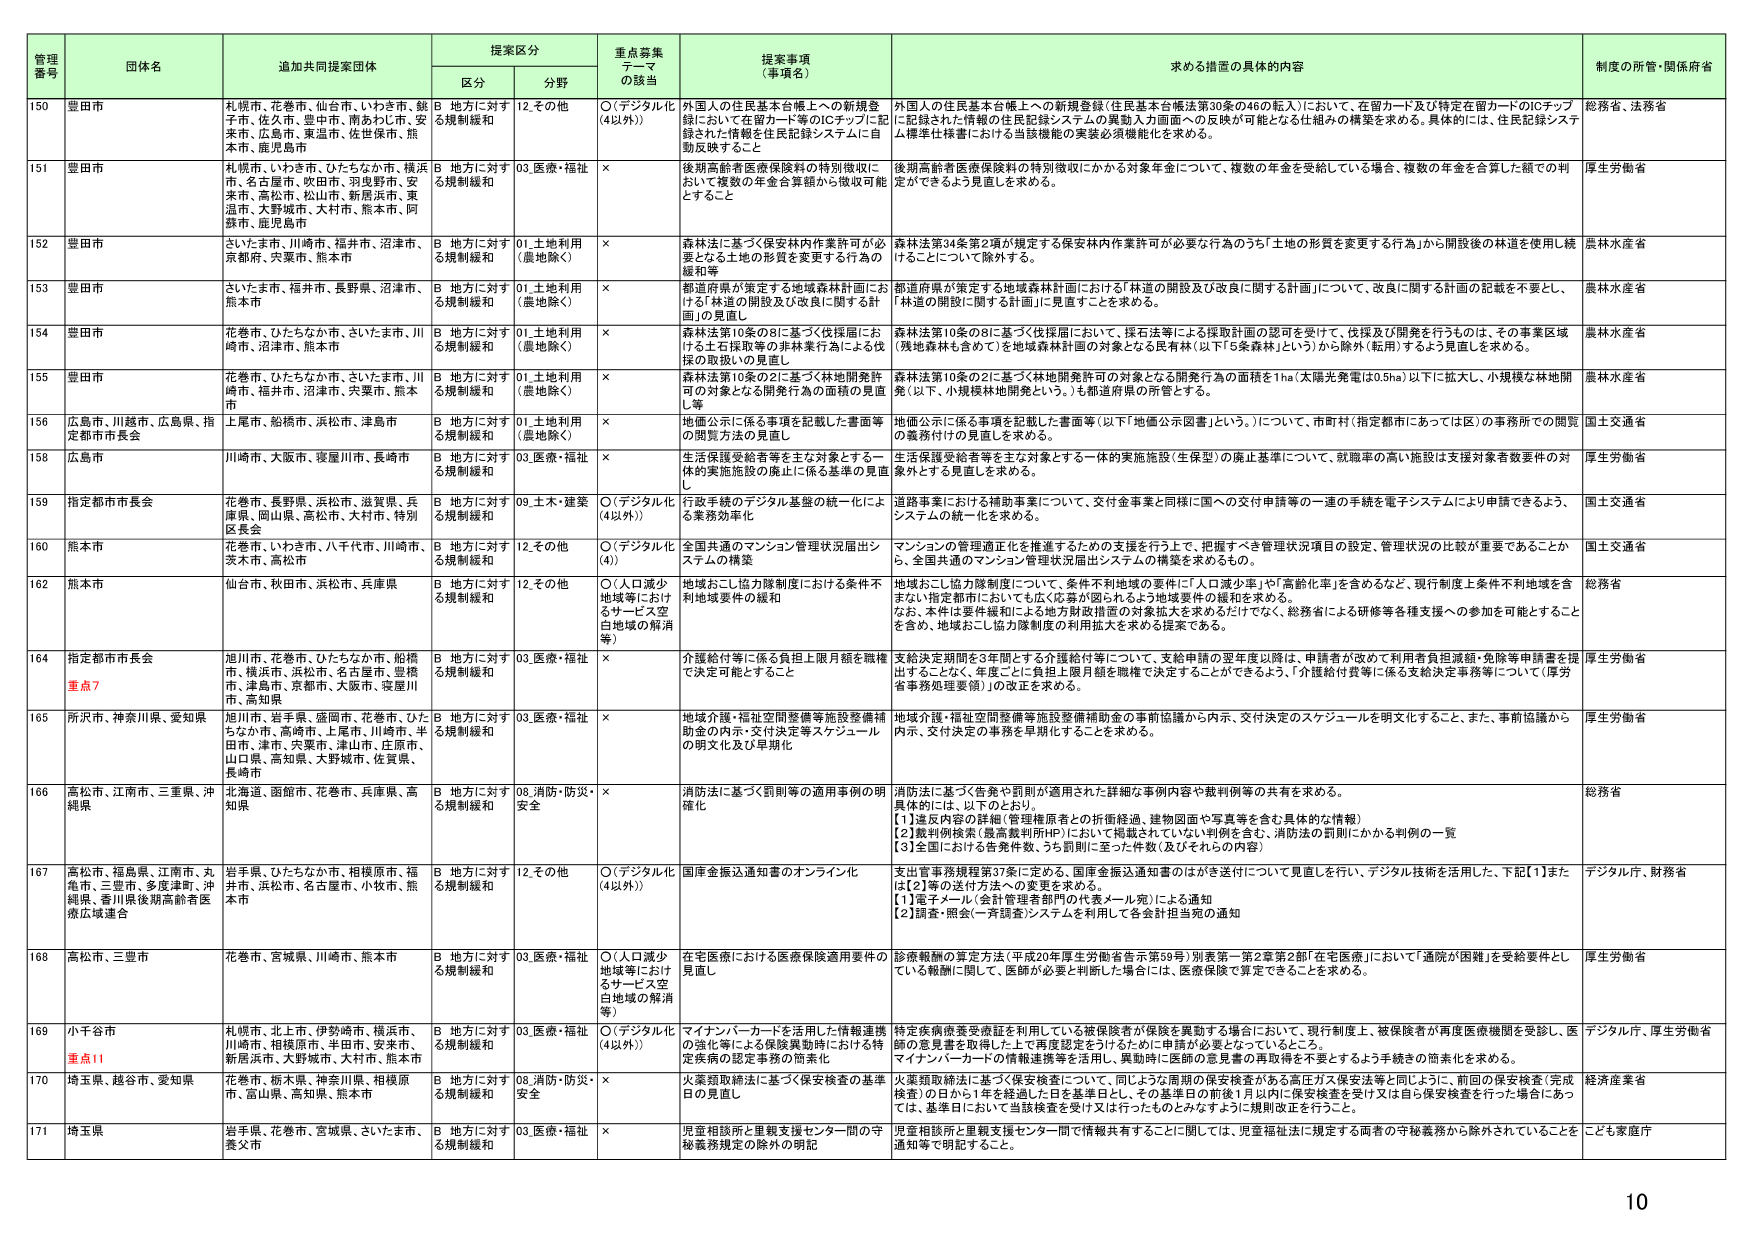
管理番号 団体名 追加共同提案団体 提案区分 重点募集テーマの該当 提案事項（事項名） 求める措置の具体的内容 制度の所管・関係府省
区分 分野
150 豊田市 札幌市、花巻市、仙台市、いわき市、銚子市、佐久市、豊中市、南あわじ市、安来市、広島市、東温市、佐世保市、熊本市、鹿児島市 B 地方に対する規制緩和 12.その他 ○（デジタル化（4以外）） 外国人の住民基本台帳上への新規登録において在留カード等のICチップに記録された情報を住民記録システムに自動反映すること 外国人の住民基本台帳上の新規登録（住民基本台帳法第30条の46の転入）において、在留カード及び特定在留カードのICチップに記録された情報の住民記録システムの異動入力画面への反映が可能となる仕組みの構築を求めると、具体的には、住民記録システム標準仕様書における当該機能の実装必須機能化を求める。 総務省、法務省
151 豊田市 札幌市、いわき市、ひたちなか市、横浜市、名古屋市、吹田市、羽曳野市、安来市、高松市、松山市、新居浜市、東温市、大野城市、大村市、熊本市、阿蘇市、鹿児島市 B 地方に対する規制緩和 03.医療・福祉 × 後期高齢者医療保険料の特別徴収において複数の年金合算額から徴収可能とすること 後期高齢者医療保険料の特別徴収にかかる対象年金について、複数の年金を受給している場合、複数の年金を合算した額での判定ができるよう見直しを求める。 厚生労働省
152 豊田市 さいたま市、川崎市、福井市、沼津市、京都府、宍粟市、熊本市 B 地方に対する規制緩和 01.土地利用（農地除く） × 森林法に基づく保安林内作業許可が必要となる土地の形質を変更する行為の緩和等 森林法第34条第2項が規定する保安林内作業許可が必要な行為のうち「土地の形質を変更する行為」から開設後の林道を使用し続けることについて除外する。 農林水産省
153 豊田市 さいたま市、福井市、長野県、沼津市、熊本市 B 地方に対する規制緩和 01.土地利用（農地除く） × 都道府県が策定する地域森林計画における「林道の開設及び改良に関する計画」について、改良に関する計画の記載を不要とし、「林道の開設に関する計画」に見直すことを求める。 農林水産省
154 豊田市 花巻市、ひたちなか市、さいたま市、川崎市、沼津市、熊本市 B 地方に対する規制緩和 01.土地利用（農地除く） × 森林法第10条の8に基づく伐採届における土石採取等の非林業行為による伐採の取扱いの見直し 森林法第10条の8に基づく伐採届において、採石法等による採取計画の認可を受け、伐採及び開発を行うものも、その事業区域（残地森林も含めて）を地域森林計画の対象となる民有林（以下「5条森林」という）から除外（転用）するよう見直しを求める。 農林水産省
155 豊田市 花巻市、ひたちなか市、さいたま市、川崎市、福井市、沼津市、宍粟市、熊本市 B 地方に対する規制緩和 01.土地利用（農地除く） × 森林法第10条の2に基づく林地開発許可の対象となる開発行為の面積の見直し等 森林法第10条の2に基づく林地開発許可の対象となる開発行為の面積を1ha（太陽光発電は0.5ha）以下に拡大し、小規模な林地開発（以下、小規模林地開発という。）も都道府県の所管とする。 農林水産省
156 広島市、川越市、広島県、指定都市市長会 上尾市、船橋市、浜松市、津島市 B 地方に対する規制緩和 01.土地利用（農地除く） × 地価公示に係る事項を記載した書面等の閲覧方法の見直し 地価公示に係る事項を記載した書面等（以下「地価公示図書」という。）について、市町村（指定都市にあっては区）の事務所での閲覧の義務付けの見直しを求める。 国土交通省
158 広島市 川崎市、大阪市、寝屋川市、長崎市 B 地方に対する規制緩和 03.医療・福祉 × 生活保護受給者等を主な対象とする一体的実施施設の廃止に係る基準の見直し 生活保護受給者等を主な対象とする一体的実施施設（生保型）の廃止基準について、就職率の高い施設は支援対象者数要件の対象外とする見直しを求める。 厚生労働省
159 指定都市市長会 花巻市、長野県、浜松市、滋賀県、兵庫県、岡山県、高松市、大村市、特別区長会 B 地方に対する規制緩和 09.土木・建築 ○（デジタル化（4以外）） 行政手続のデジタル基盤の統一化による業務効率化 道路事業における補助事業について、交付金事業と同様に国への交付申請等の一連の手続を電子システムにより申請できるよう、システムの統一化を求める。 国土交通省
160 熊本市 花巻市、いわき市、八千代市、川崎市、茨木市、高松市 B 地方に対する規制緩和 12.その他 ○（デジタル化（4）） 全国共通のマンション管理状況届出システムの構築 マンションの管理適正化を推進するための支援を行う上で、把握すべき管理状況項目の設定、管理状況の比較が重要であることから、全国共通のマンション管理状況届出システムの構築を求めるもの。 国土交通省
162 熊本市 仙台市、秋田市、浜松市、兵庫県 B 地方に対する規制緩和 12.その他 ○（人口減少地域等におけるサービス空白地域の解消等） 地域おこし協力隊制度における条件不利地域要件の緩和 地域おこし協力隊制度について、条件不利地域の要件に「人口減少率」や「高齢化率」を含めるなど、現行制度上条件不利地域を含まない指定都市においても広く応募が図られるよう地域要件の緩和を求める。 なお、本件は要件緩和による地方財政措置の対象拡大を求めるだけでなく、総務省による研修等各種支援への参加を可能とすることを含め、地域おこし協力隊制度の利用拡大を求める提案である。 総務省
164 指定都市市長会 重点7 旭川市、花巻市、ひたちなか市、船橋市、横浜市、浜松市、名古屋市、豊橋市、津島市、京都市、大阪市、寝屋川市、高知県 B 地方に対する規制緩和 03.医療・福祉 × 介護給付等に係る負担上限月額を職権で決定可能とすること 支給決定期間を3年間とする介護給付等について、支給申請の翌年度以降は、申請者が改めて利用者負担減額・免除等申請を提出することなく、年度ごとに負担上限月額を職権で決定することができるよう、「介護給付費等に係る支給決定事務等について（厚労省事務処理要領）」の改正を求める。 厚生労働省
165 所沢市、神奈川県、愛知県 旭川市、岩手県、盛岡市、花巻市、ひたちなか市、高崎市、上尾市、川崎市、半田市、津市、宍粟市、津山市、庄原市、山口県、高知県、大野城市、佐賀県、長崎市 B 地方に対する規制緩和 03.医療・福祉 × 地域介護・福祉空間整備等施設整備補助金の内示・交付決定等スケジュールの明文化及び早期化 地域介護・福祉空間整備等施設整備補助金の事前協議から内示、交付決定のスケジュールを明文化すること、また、事前協議から内示、交付決定の事務を早期化することを求める。 厚生労働省
166 高松市、江南市、三重県、沖縄県 北海道、函館市、花巻市、兵庫県、高知県 B 地方に対する規制緩和 08.消防・防災・安全 × 消防法に基づく罰則等の適用事例の明確化 消防法に基づく告発や罰則が適用された詳細な事例内容や裁判例等の共有を求める。 具体的には、以下のとおり。 【1】違反内容の詳細（管理権原者との折衝経過、建物図面や写真等を含む具体的な情報） 【2】裁判例検索（最高裁判所HP）において掲載されていない判例を含む、消防法の罰則にかかる判例の一覧 【3】全国における告発件数、うち罰則に至った件数（及びそれらの内容） 総務省
167 高松市、福島県、江南市、丸亀市、三豊市、多度津町、沖縄県、香川県後期高齢者医療広域連合 岩手県、ひたちなか市、相模原市、福井市、浜松市、名古屋市、小牧市、熊本市 B 地方に対する規制緩和 12.その他 ○（デジタル化（4以外）） 国庫金振込通知書のオンライン化 支出管事務規程第37条に定める、国庫金振込通知書のほかを送付について見直しを行い、デジタル技術を活用した、下記【1】または【2】等の送付方法への変更を求める。 【1】電子メール（会計管理者部門の代表メール宛）による通知 【2】調査・照会（一斉調査システムを利用した各会計担当宛の通知 デジタル庁、財務省
168 高松市、三豊市 花巻市、宮城県、川崎市、熊本市 B 地方に対する規制緩和 03.医療・福祉 ○（人口減少地域等におけるサービス空白地域の解消等） 在宅医療における医療保険適用要件の見直し 診療報酬の算定方法（平成20年厚生労働省告示第59号）別表第一第2章第2部「在宅医療」において「通院が困難」を受給要件としている報酬に関して、医師が必要と判断した場合には、医療保険で算定できることを求める。 厚生労働省
169 小千谷市 重点11 札幌市、北上市、伊勢崎市、横浜市、川崎市、相模原市、半田市、安来市、新居浜市、大野城市、大村市、熊本市 B 地方に対する規制緩和 03.医療・福祉 ○（デジタル化（4以外）） マイナンバーカードを活用した情報連携の強化等による保険異動時ににおける特定疾病の認定事務の簡素化 特定疾病療養受療証を利用している被保険者が保険を異動する場合において、現行制度上、被保険者が再度医療機関を受診し、医師の意見書を取得した上で再度認定を受けるために申請が必要となっているところ、 マイナンバーカードの情報連携等を活用し、異動時に医師の意見書の再取得を不要とするよう手続きの簡素化を求める。 デジタル庁、厚生労働省
170 埼玉県、越谷市、愛知県 花巻市、栃木県、神奈川県、相模原市、富山県、高知県、熊本市 B 地方に対する規制緩和 08.消防・防災・安全 × 火薬類取締法に基づく保安検査の基準日の見直し 火薬類取締法に基づく保安検査について、同じような周期の保安検査がある高圧ガス保安法等と同じように、前回の保安検査（完成検査）の日から1年を経過した日を基準日とし、その基準日の前後1月以内に保安検査を受け又は自ら保安検査を行った場合にあっては、基準日において当該検査を受け又は行ったものとみなすよう規則改正を行うこと。 経済産業省
171 埼玉県 岩手県、花巻市、宮城県、さいたま市、養父市 B 地方に対する規制緩和 03.医療・福祉 × 児童相談所と里親支援センター間の守秘義務規定の除外の明記 児童相談所と里親支援センター間で情報共有することに関しては、児童福祉法に規定する両者の守秘義務から除外されていることを通知等で明記すること。 こども家庭庁
10